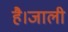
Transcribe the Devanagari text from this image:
है।जाली